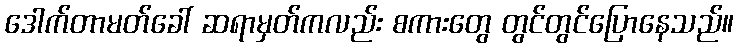
ဒေါက်တာမတ်ခေါ် ဆရာမှတ်ကလည်း စကားတွေ တွင်တွင်ပြောနေသည်။